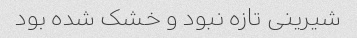
شیرینی تازه نبود و خشک شده بود